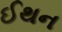
ઈથન